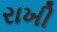
રાખી